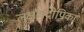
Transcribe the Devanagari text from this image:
लक्षणदीपिका